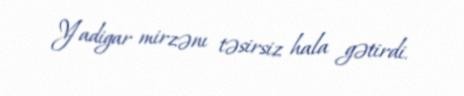
Yadigar mirzənı təsirsiz hala gətirdi.